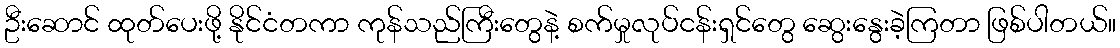
ဦးဆောင် ထုတ်ပေးဖို့ နိုင်ငံတကာ ကုန်သည်ကြီးတွေနဲ့ စက်မှုလုပ်ငန်းရှင်တွေ ဆွေးနွေးခဲ့ကြတာ ဖြစ်ပါတယ်။